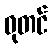
ဓုတင်